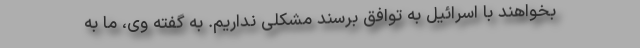
بخواهند با اسرائیل به توافق برسند مشکلی نداریم. به گفته وی، ما به